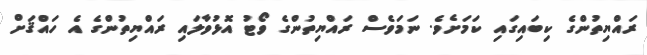
ރައްޔިތުންގެ ކިބައިގައި ކަމަށެވެ. ނަމަވެސް ރައްޔިތުންގެ ވޯޓު އޮޅުވާލައި ރައްޔިތުންގެ އެ ހައްޤަށް